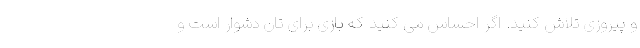
و پیروزی تلاش کنید. اگر احساس می کنید که بازی برای تان دشوار است و